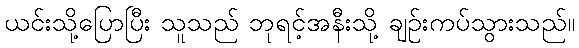
ယင်းသို့ပြောပြီး သူသည် ဘုရင့်အနီးသို့ ချဉ်းကပ်သွားသည်။